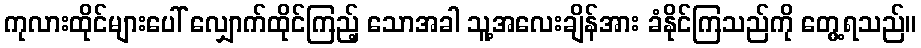
ကုလားထိုင်များပေါ် လျှောက်ထိုင်ကြည့် သောအခါ သူ့အလေးချိန်အား ခံနိုင်ကြသည်ကို တွေ့ရသည်။